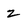
Character: 2